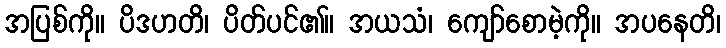
အပြစ်ကို။ ပိဒဟတိ၊ ပိတ်ပင်၏။ အယသံ၊ ကျော်စောမဲ့ကို။ အပနေတိ၊